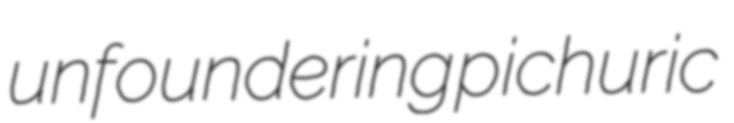
unfoundering pichuric